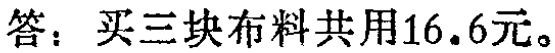
答：买三块布料共用16.6元。